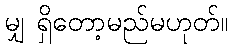
မျှ ရှိတော့မည်မဟုတ်။